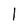
Character: 1